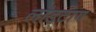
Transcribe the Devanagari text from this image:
लांडटाग